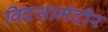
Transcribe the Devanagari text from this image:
विदयामंदीर